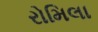
રોમિલા